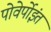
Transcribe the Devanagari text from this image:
पोवेर्पोइंत